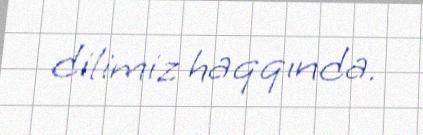
dilimiz haqqında.